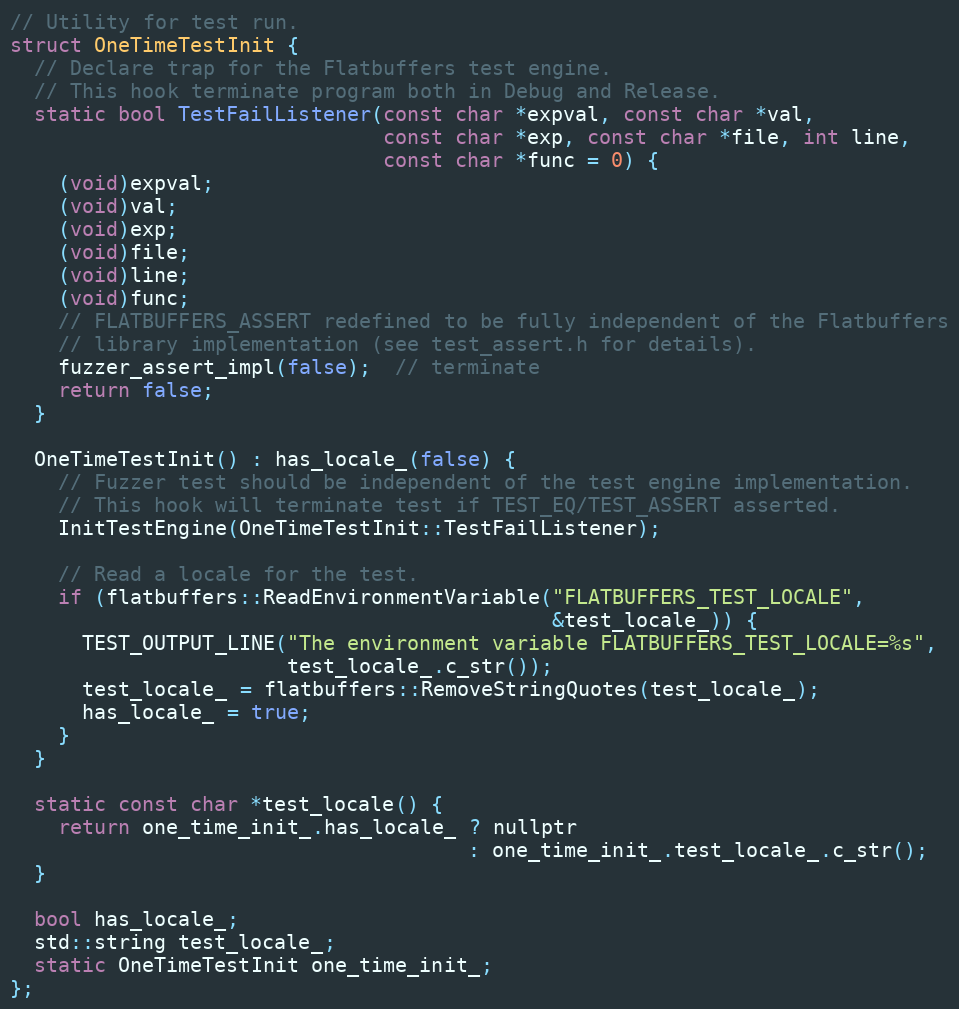
Language: C
// Utility for test run.
struct OneTimeTestInit {
  // Declare trap for the Flatbuffers test engine.
  // This hook terminate program both in Debug and Release.
  static bool TestFailListener(const char *expval, const char *val,
                               const char *exp, const char *file, int line,
                               const char *func = 0) {
    (void)expval;
    (void)val;
    (void)exp;
    (void)file;
    (void)line;
    (void)func;
    // FLATBUFFERS_ASSERT redefined to be fully independent of the Flatbuffers
    // library implementation (see test_assert.h for details).
    fuzzer_assert_impl(false);  // terminate
    return false;
  }

  OneTimeTestInit() : has_locale_(false) {
    // Fuzzer test should be independent of the test engine implementation.
    // This hook will terminate test if TEST_EQ/TEST_ASSERT asserted.
    InitTestEngine(OneTimeTestInit::TestFailListener);

    // Read a locale for the test.
    if (flatbuffers::ReadEnvironmentVariable("FLATBUFFERS_TEST_LOCALE",
                                             &test_locale_)) {
      TEST_OUTPUT_LINE("The environment variable FLATBUFFERS_TEST_LOCALE=%s",
                       test_locale_.c_str());
      test_locale_ = flatbuffers::RemoveStringQuotes(test_locale_);
      has_locale_ = true;
    }
  }

  static const char *test_locale() {
    return one_time_init_.has_locale_ ? nullptr
                                      : one_time_init_.test_locale_.c_str();
  }

  bool has_locale_;
  std::string test_locale_;
  static OneTimeTestInit one_time_init_;
};